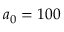
a _ { 0 } = 1 0 0